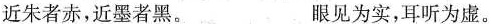
近朱者赤，近墨者黑。 眼见为实，耳听为虚。